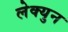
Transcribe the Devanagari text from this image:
लेक्युन